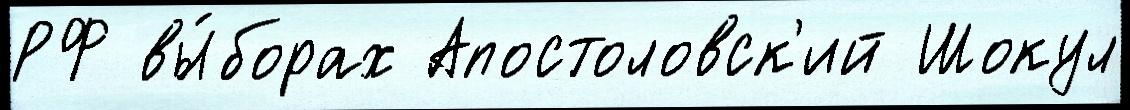
РФ вы́борах Апостоловск'ий Шокул